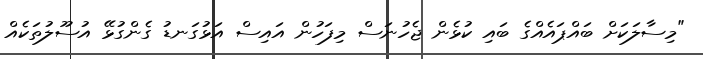
"މިސާލަކަށް ބައްޕައެއްގެ ބައި ކުޅެން ޖެހުނަސް މިފަހުން އައިސް އަޅުގަނޑު ގެންގުޅޭ އުސޫލުތަކެއް